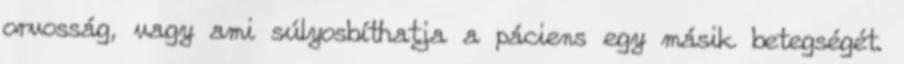
orvosság, vagy ami súlyosbíthatja a páciens egy másik betegségét.